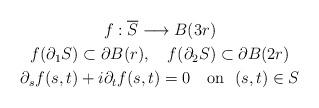
LaTeX: \begin{gather*}f:\overline{S}\longrightarrow B(3r) \\f(\partial_1 S)\subset \partial B(r), \ \ \ f(\partial_2 S)\subset \partial B(2r) \\\partial_sf(s,t)+i\partial _tf(s,t)=0 \ \ \ \textrm{on} \ \ (s,t)\in S \end{gather*}